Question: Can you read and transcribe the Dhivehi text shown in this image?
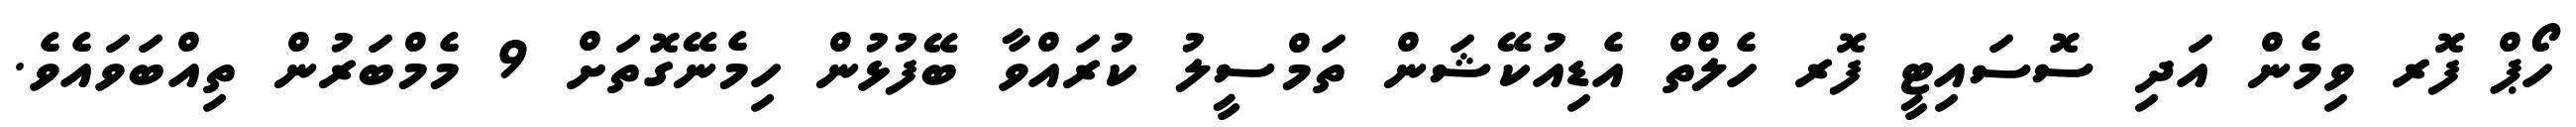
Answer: ހޯޕް ފޮރ ވިމެން އަދި ސޮސައިޓީ ފޮރ ހެލްތް އެޑިއުކޭޝަން ތަމްސީލު ކުރައްވާ ބޭފުޅުން ހިމެނޭގޮތަށް 9 މެމްބަރުން ތިއްބަވައެވެ.